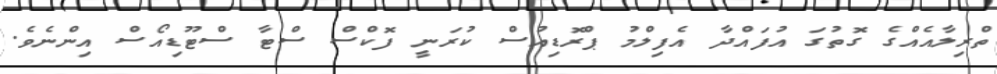
ތްރިލާއެއްގެ ގޮތުގަ އުފައްދާ އެފިލްމު ޕްރޮޑިއުސް ކުރަނީ ފޮކްސް ސްޓާ ސްޓޫޑިއޯސް އިންނެވެ.